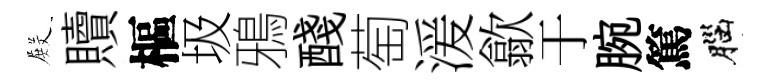
𭮺贖樞圾鴉醆萄湲歙于腕篤腦